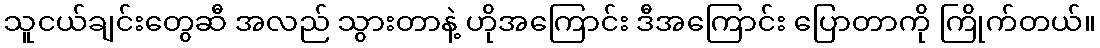
သူငယ်ချင်းတွေဆီ အလည် သွားတာနဲ့ ဟိုအကြောင်း ဒီအကြောင်း ပြောတာကို ကြိုက်တယ်။